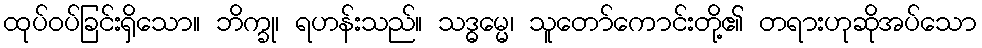
ထုပ်ဝပ်ခြင်းရှိသော။ ဘိက္ခု၊ ရဟန်းသည်။ သဒ္ဓမ္မေ၊ သူတော်ကောင်းတို့၏ တရားဟုဆိုအပ်သော